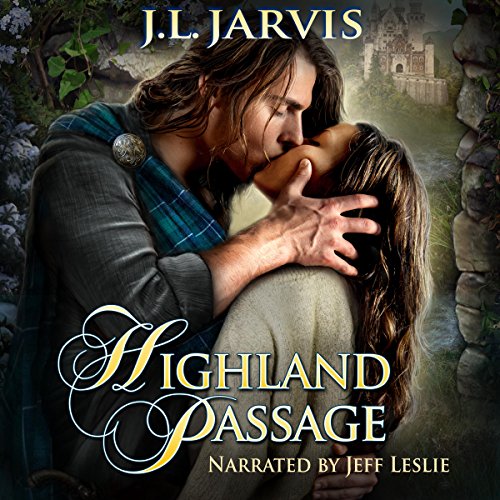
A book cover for Highland Passage; J.L. Jarvis; Romance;